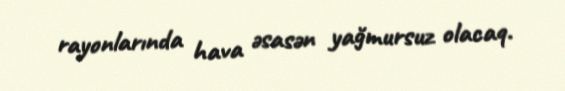
rayonlarında hava əsasən yağmursuz olacaq.